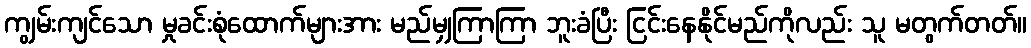
ကျွမ်းကျင်သော မှုခင်းစုံထောက်များအား မည်မျှကြာကြာ ဘူးခံပြီး ငြင်းနေနိုင်မည်ကိုလည်း သူ မတွက်တတ်။